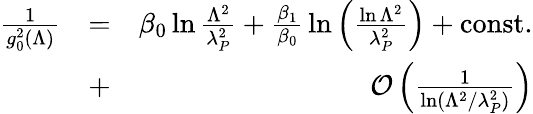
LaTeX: \begin{array}{rlr}{{\frac{1}{g_{0}^{2}(\Lambda)}}}&{=}&{\beta_{0}\ln{\frac{\Lambda^{2}}{\lambda_{P}^{2}}}+{\frac{\beta_{1}}{\beta_{0}}}\ln\left({\frac{\ln\Lambda^{2}}{\lambda_{P}^{2}}}\right)+\mathrm{const.}}\\ &{+}&{{\cal O}\left({\frac{1}{\ln(\Lambda^{2}/\lambda_{P}^{2})}}\right)}\end{array}